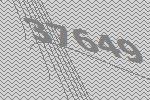
37649